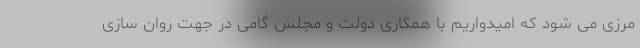
مرزی می شود که امیدواریم با همکاری دولت و مجلس گامی در جهت روان سازی